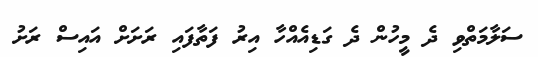
ސަލާމަތްވި ދެ މީހުން ދެ ގަޑިއެއްހާ އިރު ފަތާފައި ރަށަށް އައިސް ރަށު